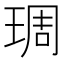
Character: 琱